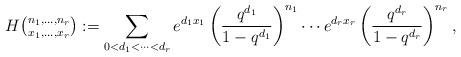
LaTeX: \begin{align*}H\tbinom{n_1,\ldots,n_r}{x_1,\ldots,x_r} :=\sum_{0<d_1<\cdots<d_r} e^{d_1x_1}\left(\frac{q^{d_1}}{1-q^{d_1}}\right)^{n_1} \cdots e^{d_rx_r}\left(\frac{q^{d_r}}{1-q^{d_r}}\right)^{n_r},\end{align*}